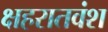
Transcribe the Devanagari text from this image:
क्षहरातवंश